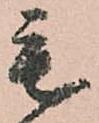
毛